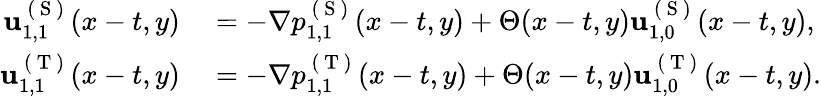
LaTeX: \begin{array}{rl}{\mathbf{u}_{1,1}^{\mathrm{~(~S~)~}}(x-t,y)}&{{}=-\nabla p_{1,1}^{\mathrm{~(~S~)~}}(x-t,y)+\Theta(x-t,y)\mathbf{u}_{1,0}^{\mathrm{~(~S~)~}}(x-t,y),}\\ {\mathbf{u}_{1,1}^{\mathrm{~(~T~)~}}(x-t,y)}&{{}=-\nabla p_{1,1}^{\mathrm{~(~T~)~}}(x-t,y)+\Theta(x-t,y)\mathbf{u}_{1,0}^{\mathrm{~(~T~)~}}(x-t,y).}\end{array}